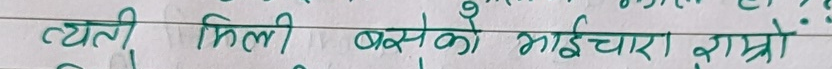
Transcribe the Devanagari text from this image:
त्यती मिली बसेको भाईचारा राम्रो